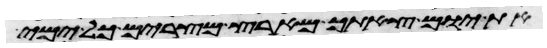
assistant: את יום צאתך מארץ מצרים כל ימי